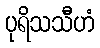
ပုရိသသီဟံ